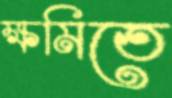
ক্ষমিতে